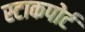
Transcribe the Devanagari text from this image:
स्टाकपोर्ट